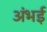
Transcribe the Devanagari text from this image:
अंभई